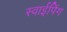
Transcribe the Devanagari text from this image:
स्वाईपिंग